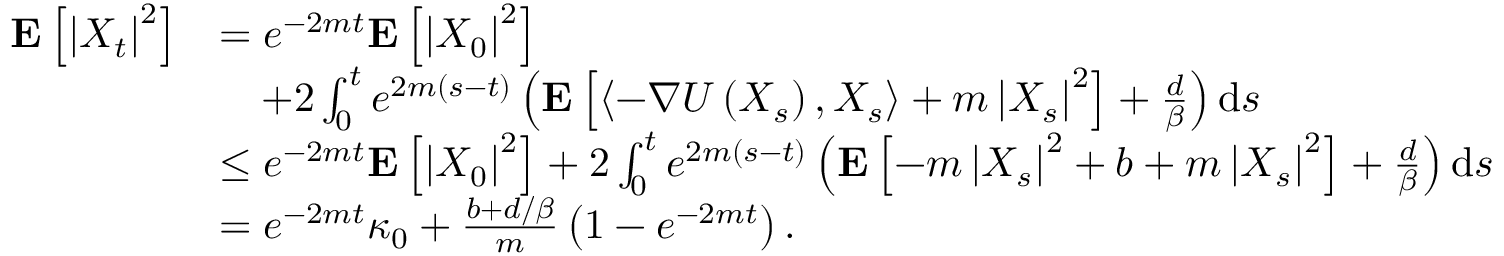
\begin{array} { r l } { \mathbf { E } \left[ \left| X _ { t } \right| ^ { 2 } \right] } & { = e ^ { - 2 m t } \mathbf { E } \left[ \left| X _ { 0 } \right| ^ { 2 } \right] } \\ & { \quad + 2 \int _ { 0 } ^ { t } e ^ { 2 m ( s - t ) } \left( \mathbf { E } \left[ \left\langle - \nabla U \left( X _ { s } \right) , X _ { s } \right\rangle + m \left| X _ { s } \right| ^ { 2 } \right] + \frac { d } { \beta } \right) \mathrm { d } s } \\ & { \le e ^ { - 2 m t } \mathbf { E } \left[ \left| X _ { 0 } \right| ^ { 2 } \right] + 2 \int _ { 0 } ^ { t } e ^ { 2 m ( s - t ) } \left( \mathbf { E } \left[ - m \left| X _ { s } \right| ^ { 2 } + b + m \left| X _ { s } \right| ^ { 2 } \right] + \frac { d } { \beta } \right) \mathrm { d } s } \\ & { = e ^ { - 2 m t } \kappa _ { 0 } + \frac { b + d / \beta } { m } \left( 1 - e ^ { - 2 m t } \right) . } \end{array}